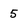
Character: 5